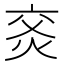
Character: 𰞙